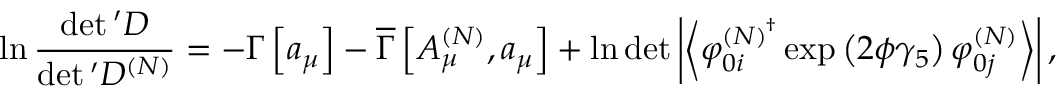
\ln \frac { \operatorname * { d e t } { } ^ { \prime } D } { \operatorname * { d e t } { } ^ { \prime } D ^ { \left( N \right) } } = - \Gamma \left[ a _ { \mu } \right] - \overline { { { \Gamma } } } \left[ A _ { \mu } ^ { \left( N \right) } , a _ { \mu } \right] + \ln \operatorname * { d e t } \left| \left\langle \varphi _ { 0 i } ^ { \left( N \right) ^ { \dagger } } \exp \left( 2 \phi \gamma _ { 5 } \right) \varphi _ { 0 j } ^ { \left( N \right) } \right\rangle \right| ,